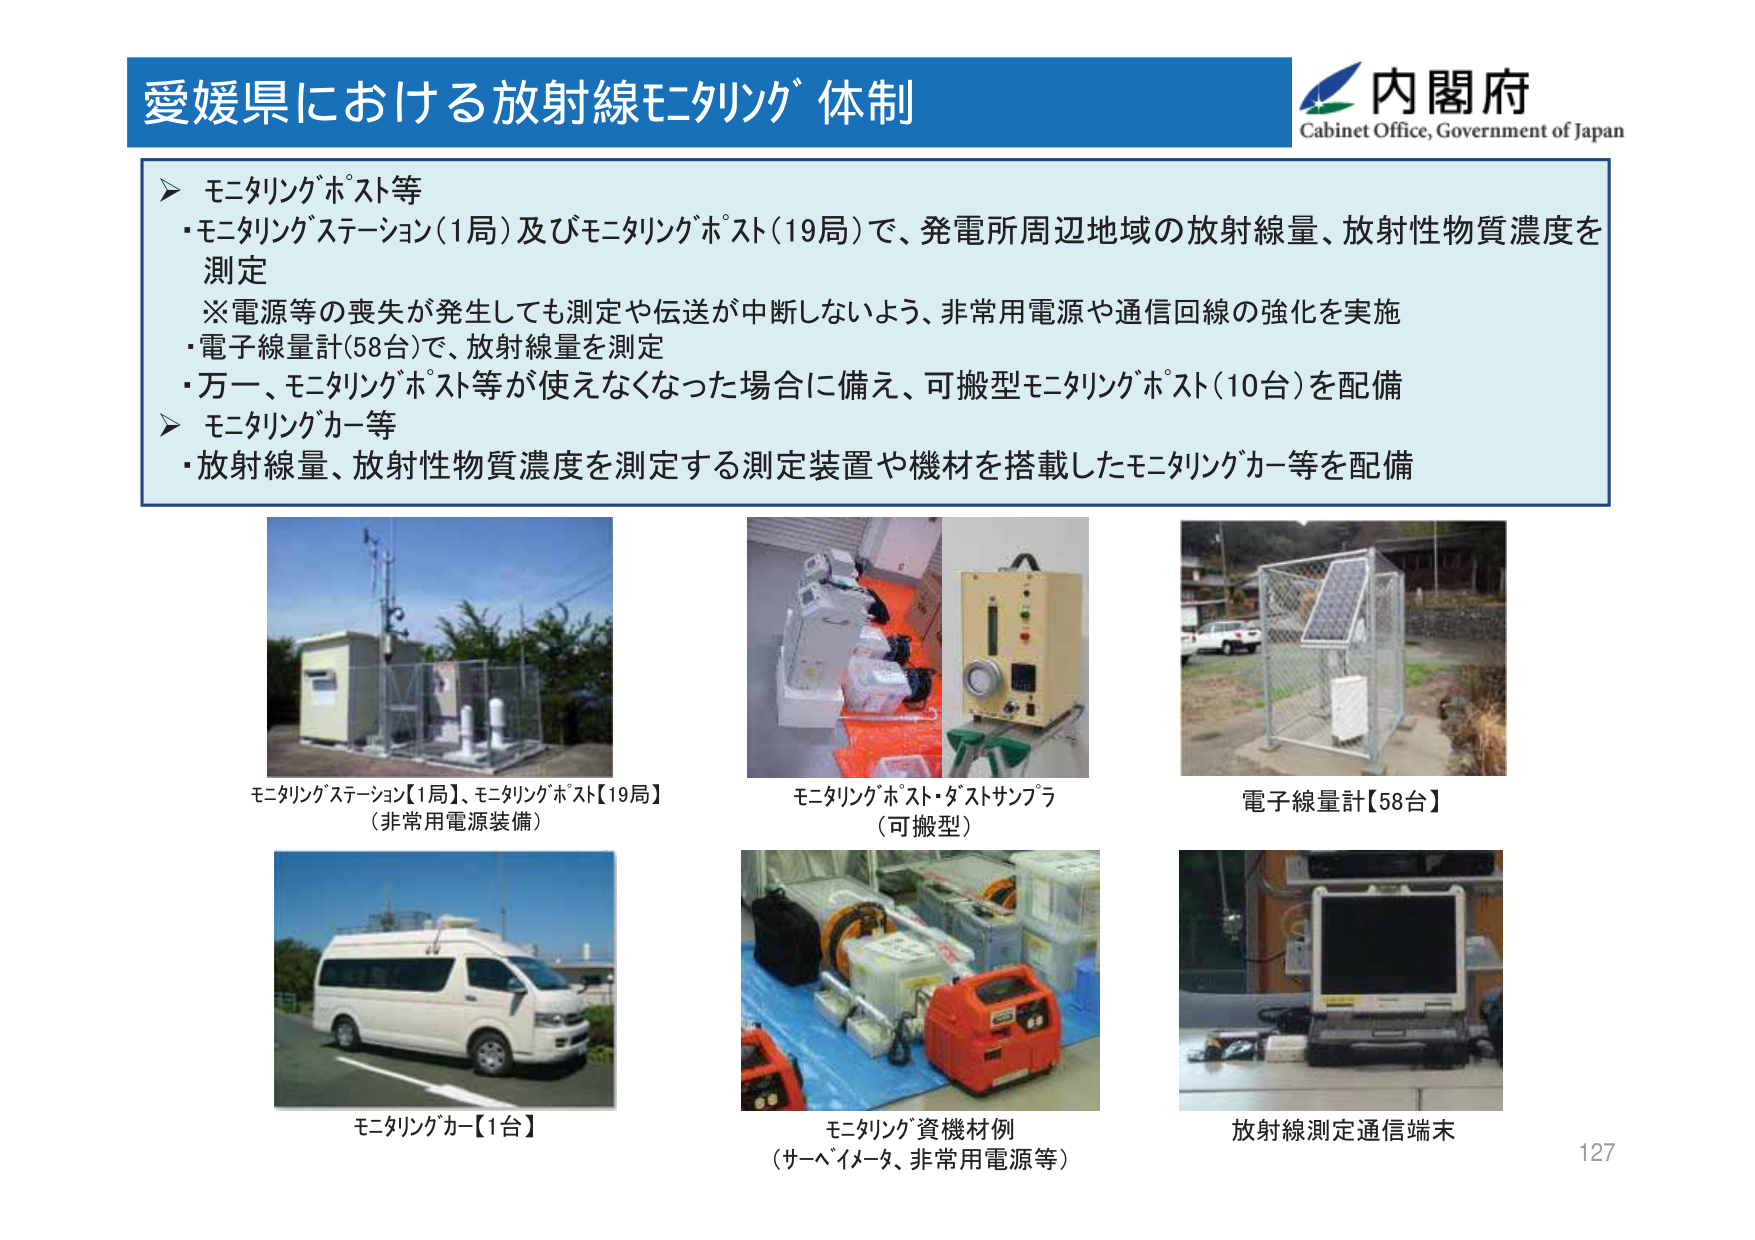
愛媛県における放射線モニタリング体制

内閣府
Cabinet Office, Government of Japan

▶ モニタリングポスト等
・モニタリングステーション（1局）及びモニタリングポスト（19局）で、発電所周辺地域の放射線量、放射性物質濃度を測定
※電源等の喪失が発生しても測定や伝送が中断しないよう、非常用電源や通信回線の強化を実施
・電子線量計（58台）で、放射線量を測定
・万一、モニタリングポスト等が使えなくなった場合に備え、可搬型モニタリングポスト（10台）を配備

▶ モニタリングカー等
・放射線量、放射性物質濃度を測定する測定装置や機材を搭載したモニタリングカー等を配備

モニタリングステーション【1局】、モニタリングポスト【19局】
（非常用電源装備）

モニタリングポスト・ダストサンプラ
（可搬型）

電子線量計【58台】

モニタリングカー【1台】

モニタリング資機材例
（サーベイメータ、非常用電源等）

放射線測定通信端末

127